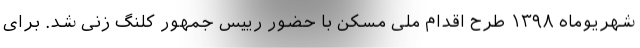
شهریوماه ۱۳۹۸ طرح اقدام ملی مسکن با حضور رییس جمهور کلنگ زنی شد. برای